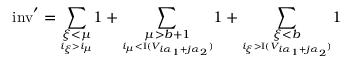
{ \mathrm { i n v } ^ { \prime } } = \underset { \underset { i _ { \xi } > i _ { \mu } } { \xi < \mu } } { \sum } 1 + \underset { \underset { i _ { \mu } < \mathrm { I } ( V _ { i { \alpha _ { 1 } } + j { \alpha _ { 2 } } } ) } { \mu > b + 1 } } { \sum } 1 + \underset { \underset { i _ { \xi } > \mathrm { I } ( V _ { i { \alpha _ { 1 } } + j { \alpha _ { 2 } } } ) } { \xi < b } } { \sum } 1